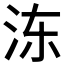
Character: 𰛒